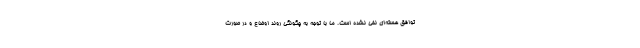
توافق هسته‌ای نفی نشده است. ما با توجه به چگونگی روند اوضاع و در صورت